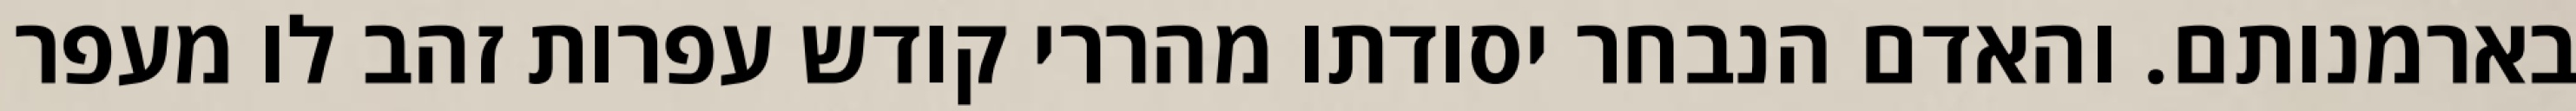
בארמנותם. והאדם הנבחר יסודתו מהררי קודש עפרות זהב לו מעפר